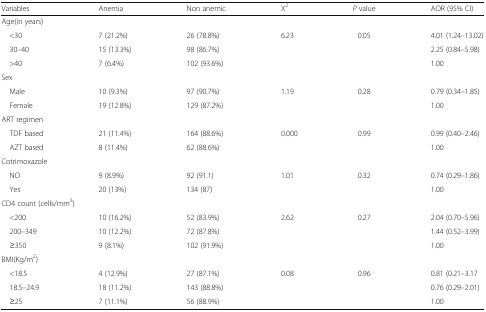
| Variables | Anemia | Non anemic | X2 | P value | AOR (95% CI) |
 | --- | --- | --- | --- | --- | --- |
 | <COLSPAN=6> Age(in years) |
 | <30 | 7 (21.2%) | 26 (78.8%) | 6.23 | 0.05 | 4.01 (1.24–13.02) |
 | 30–40 | 15 (13.3%) | 98 (86.7%) |  |  | 2.25 (0.84–5.98) |
 | >40 | 7 (6.4%) | 102 (93.6%) |  |  | 1.00 |
 | <COLSPAN=6> Sex |
 | Male | 10 (9.3%) | 97 (90.7%) | 1.19 | 0.28 | 0.79 (0.34–1.85) |
 | Female | 19 (12.8%) | 129 (87.2%) |  |  | 1.00 |
 | <COLSPAN=6> ART regimen |
 | TDF based | 21 (11.4%) | 164 (88.6%) | 0.000 | 0.99 | 0.99 (0.40–2.46) |
 | AZT based | 8 (11.4%) | 62 (88.6%) |  |  | 1.00 |
 | <COLSPAN=6> Cotrimoxazole |
 | NO | 9 (8.9%) | 92 (91.1) | 1.01 | 0.32 | 0.74 (0.29–1.86) |
 | Yes | 20 (13%) | 134 (87) |  |  | 1.00 |
 | <COLSPAN=6> CD4 count (cells/mm3) |
 | <200 | 10 (16.2%) | 52 (83.9%) | 2.62 | 0.27 | 2.04 (0.70–5.96) |
 | 200–349 | 10 (12.2%) | 72 (87.8%) |  |  | 1.44 (0.52–3.99) |
 | ≥350 | 9 (8.1%) | 102 (91.9%) |  |  | 1.00 |
 | <COLSPAN=6> BMI(Kg/m2) |
 | <18.5 | 4 (12.9%) | 27 (87.1%) | 0.08 | 0.96 | 0.81 (0.21–3.17 |
 | 18.5–24.9 | 18 (11.2%) | 143 (88.8%) |  |  | 0.76 (0.29–2.01) |
 | ≥25 | 7 (11.1%) | 56 (88.9%) |  |  | 1.00 |